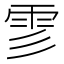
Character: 𩁺